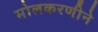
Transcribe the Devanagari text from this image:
मोलकरणीने